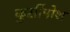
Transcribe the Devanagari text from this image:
कुर्सीपोश